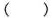
()